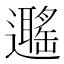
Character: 𨘽